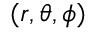
( r , \theta , \phi )